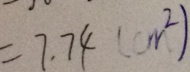
= 7 . 7 4 ( c m ^ { 2 } )